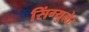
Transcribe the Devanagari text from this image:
सिंग्युलेट